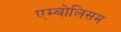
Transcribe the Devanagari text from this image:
एम्बोलिसम